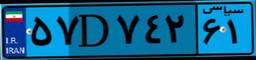
۵۷D۷۴۲۶۱